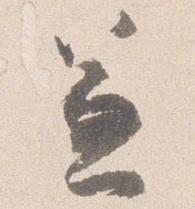
兼